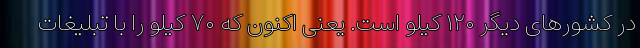
در کشورهای دیگر ۱۲۰ کیلو است. یعنی اکنون که ۷۰ کیلو را با تبلیغات